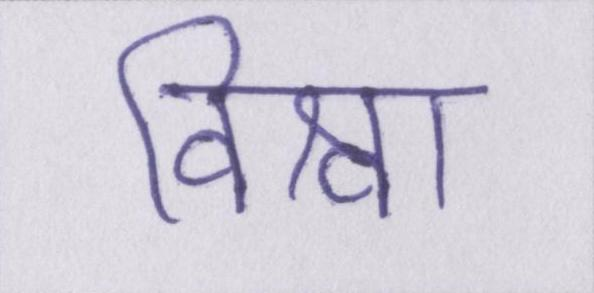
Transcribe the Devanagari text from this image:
विश्वा